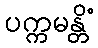
ပက္ကမန္တိံ